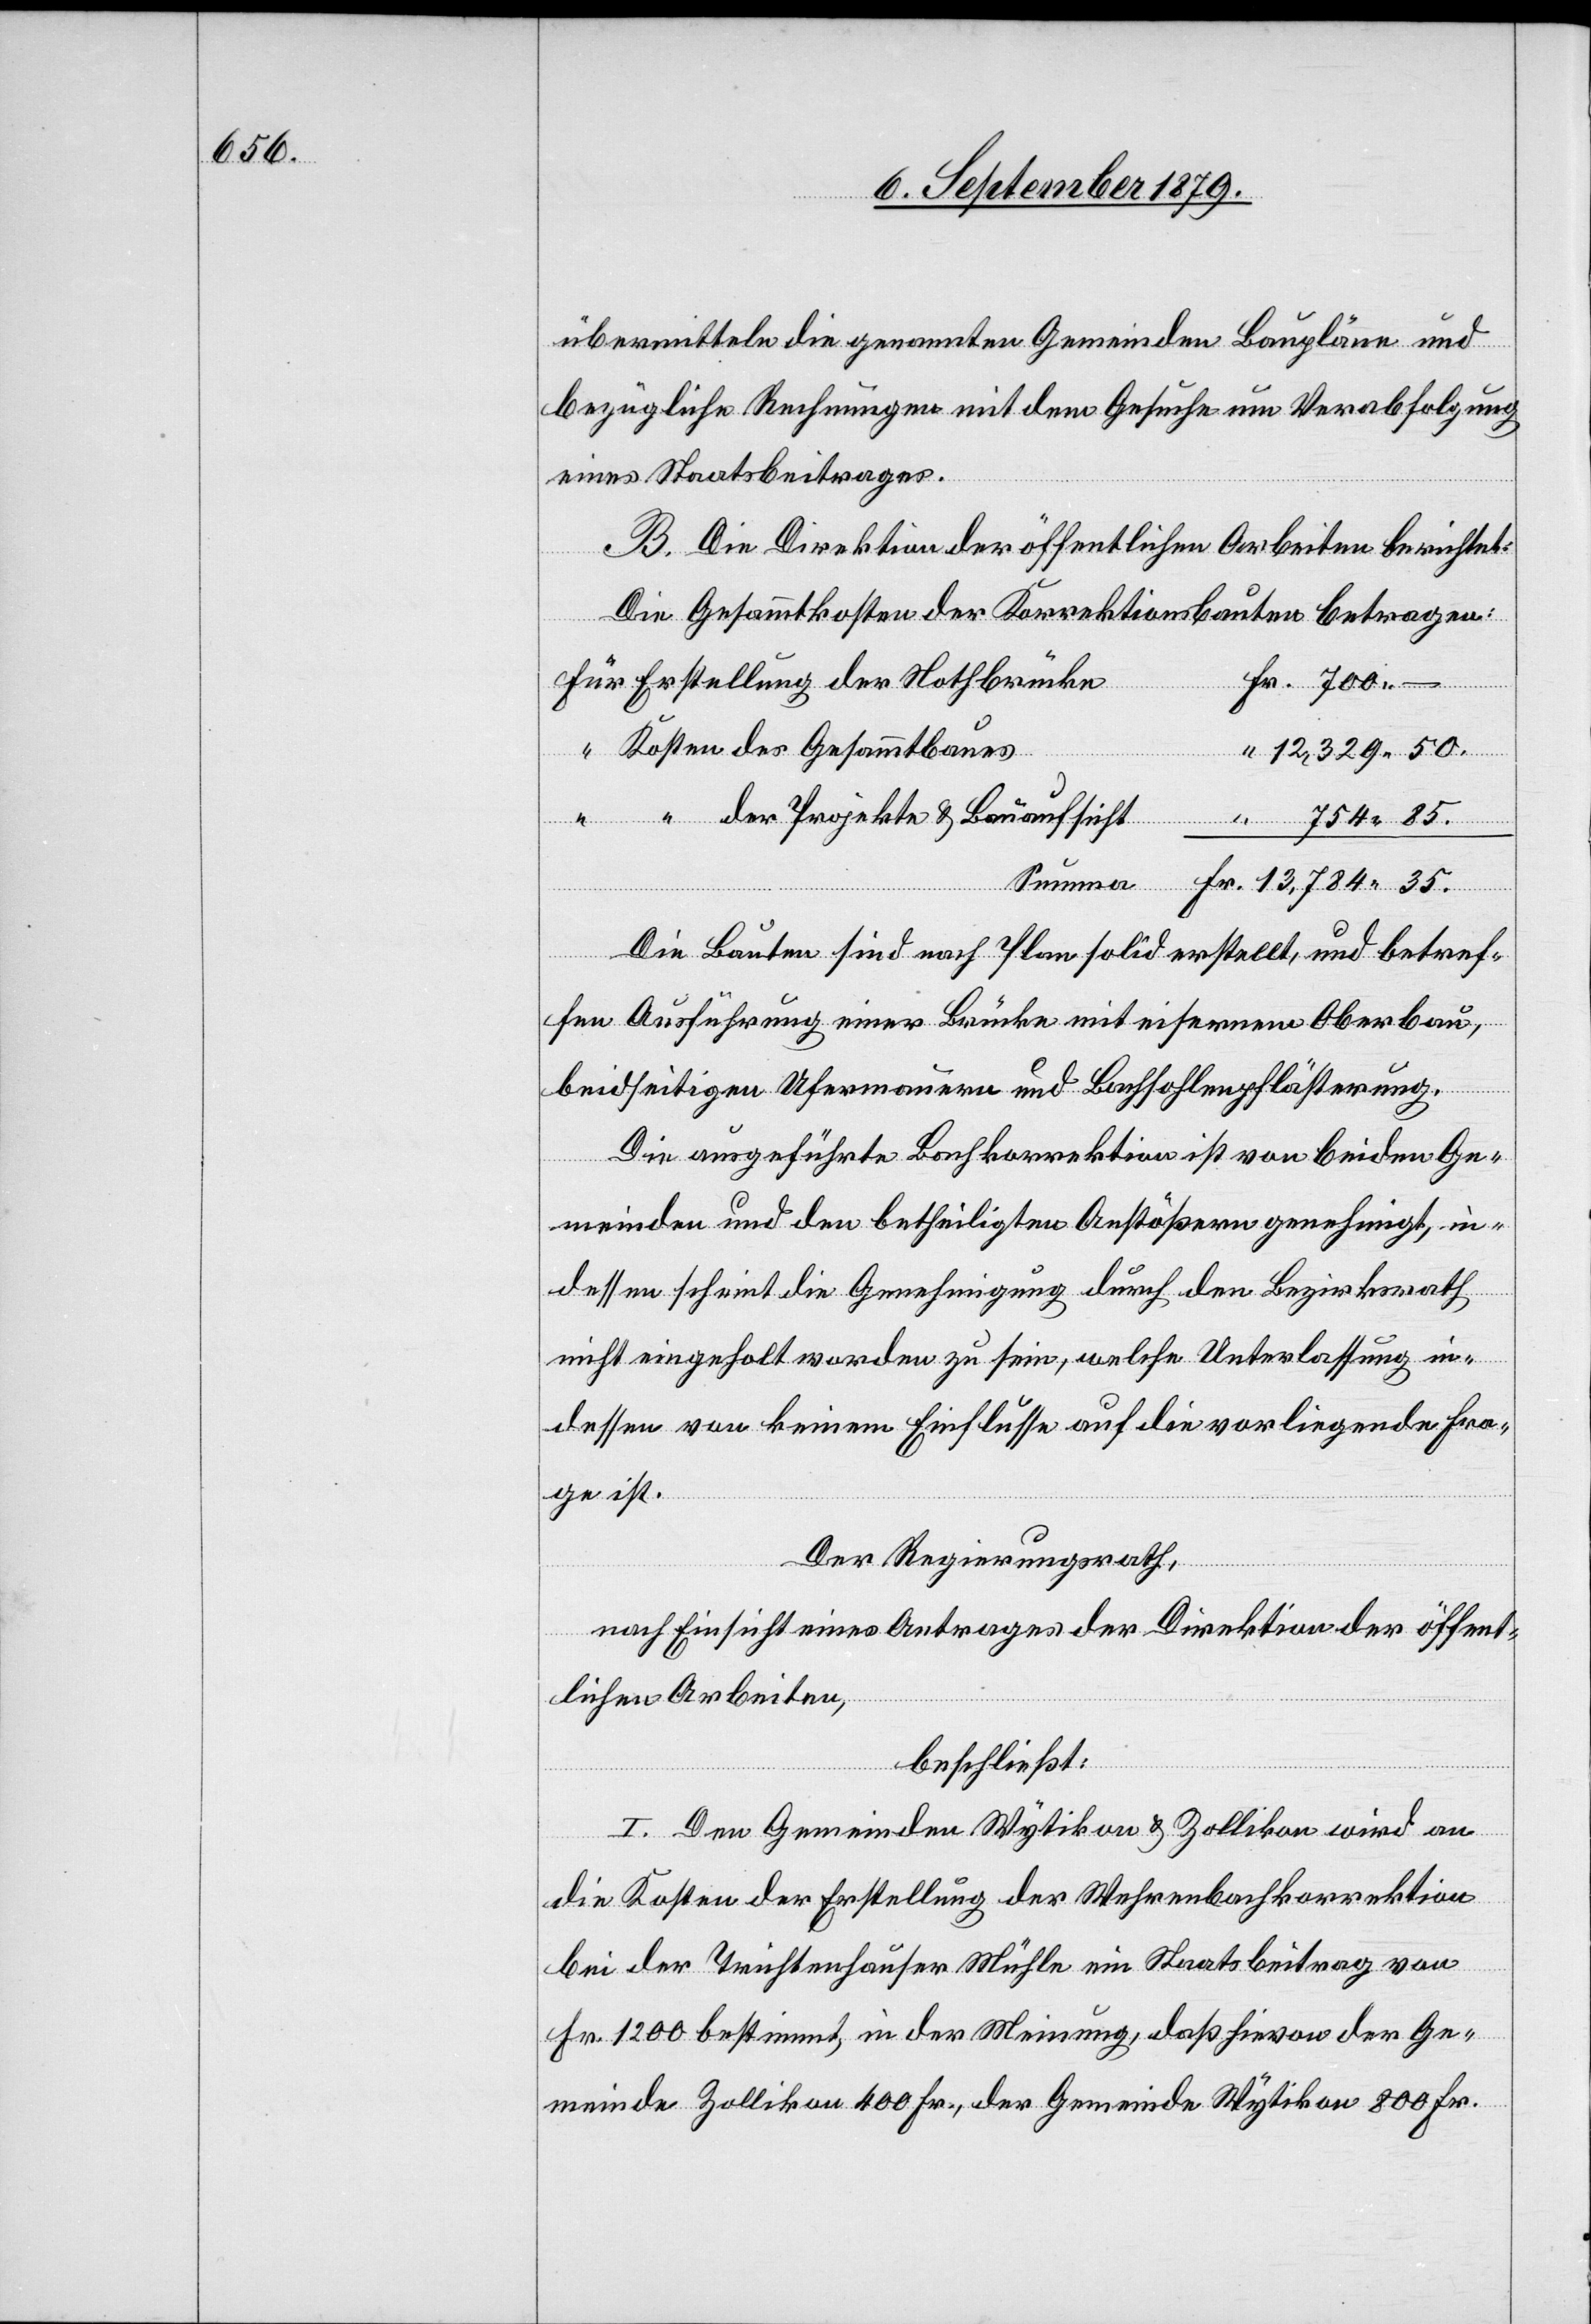
übermittelte[n] die genannten Gemeinden Baupläne und
bezügliche Rechnungen mit dem Gesuche um Verabfolgung
eines Staatsbeitrages.
B. Die Direktion der öffentlichen Arbeiten berichtet:
Die Gesammtkosten der Korrektionsbauten betragen:
für Erstellung der Nothbrücke
“ Kosten des Gesammtbaues
12,329 50.
Die Bauten sind nach Plan solid erstellt, und betref¬
fen Ausführung einer Brücke mit eisernem Oberbau,
beidseitigen Ufermauern und Bachsohlenpflästerung.
Die ausgeführte Bachkorrektion ist von beiden Ge¬
meinden und den betheiligten Anstößern genehmigt, in¬
dessen scheint die Genehmigung durch den Bezirksrath
nicht eingeholt worden zu sein, welche Unterlassung in¬
dessen von keinem Einflusse auf die vorliegende Fra¬
ge ist.
–
Der Regierungsrath,
35.
nach Einsicht eines Antrages der Direktion der öffent¬
lichen Arbeiten,
beschließt:
I. Den Gemeinden Wytikon & Zollikon wird an
die Kosten der Erstellung der Wehrenbachkorrektion
bei der Trichtenhauser Mühle ein Staatsbeitrag von
Fr. 1200 bestimmt, in der Meinung, daß hievon der Ge¬
meinde Zollikon 400 Fr., der Gemeinde Wytikon 800 Fr.